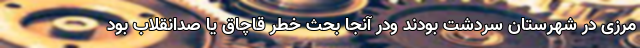
مرزی در شهرستان سردشت بودند و‌در آنجا بحث خطر قاچاق یا صدانقلاب بود